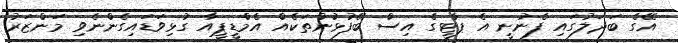
އޭގެ ބަދަލުގައި ފެނުނީ އެ ޕާޓީގެ އިސް ބޭފުޅުންތަކެއް އެމްޑީޕީއާ ގުޅިވަޑައިގެންނެވި މަންޒަރު